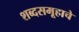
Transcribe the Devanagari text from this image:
शब्दसमूहाचे